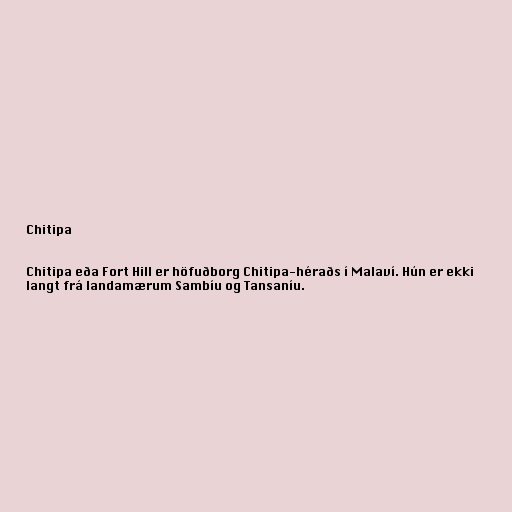
Chitipa

Chitipa eða Fort Hill er höfuðborg Chitipa-héraðs í Malaví. Hún er ekki
langt frá landamærum Sambíu og Tansaníu.